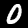
Label: 0